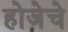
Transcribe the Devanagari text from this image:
होजेचे